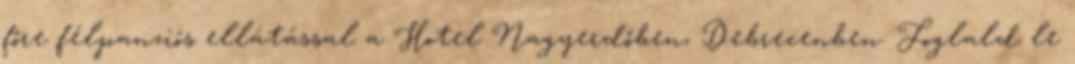
főre félpanziós ellátással a Hotel Nagyerdőben, Debrecenben. Foglald le